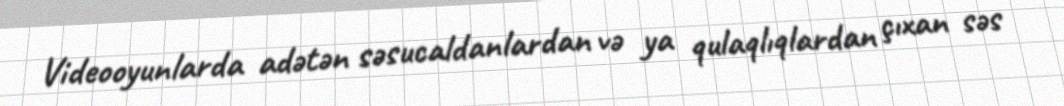
Videooyunlarda adətən səsucaldanlardan və ya qulaqlıqlardan çıxan səs